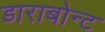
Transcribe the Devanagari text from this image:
डाराबोन्ट